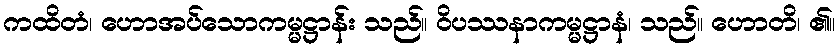
ကထိတံ၊ ဟောအပ်သောကမ္မဋ္ဌာန်း သည်။ ဝိပဿနာကမ္မဋ္ဌာနံ၊ သည်။ ဟောတိ၊ ၏။